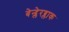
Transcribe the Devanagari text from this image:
बेन्द्लेरब्लाक